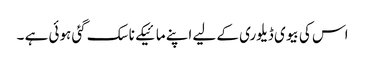
اس کی بیوی ڈیلوری کے لیے اپنے مائیکے ناسک گئی ہوئی ہے ۔